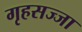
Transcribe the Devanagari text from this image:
गृहसज्जा